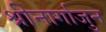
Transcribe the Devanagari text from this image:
श्रीनार्गाजुन